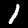
Label: 1